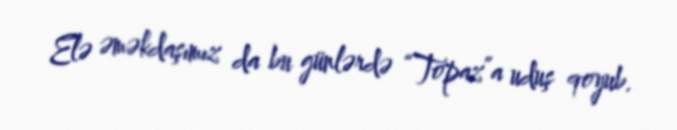
Elə əməkdaşımız da bu günlərdə “Topaz”a uduş qoyub.